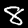
Label: 8